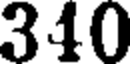
340